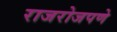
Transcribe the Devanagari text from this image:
राजरोजपणे